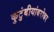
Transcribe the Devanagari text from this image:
कुटुंबीयांबरोबर